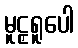
မူဠှရူပေါ